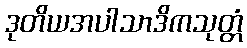
ဒုတိယအပါသာဒိကသုတ္တံ